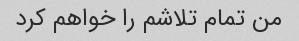
من تمام تلاشم را خواهم کرد